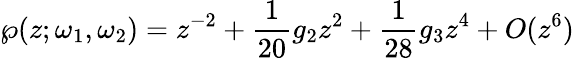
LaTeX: \wp(z;\omega_{1},\omega_{2})=z^{-2}+{\frac{1}{20}}g_{2}z^{2}+{\frac{1}{28}}g_{3}z^{4}+O(z^{6})